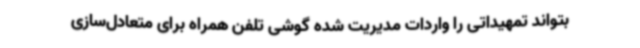
بتواند تمهیداتی را واردات مدیریت شده گوشی تلفن همراه برای متعادل‌سازی